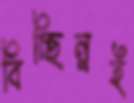
বিচ্ছিন্নই